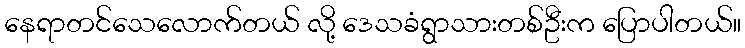
နေရာတင်သေလောက်တယ် လို့ ဒေသခံရွာသားတစ်ဦးက ပြောပါတယ်။